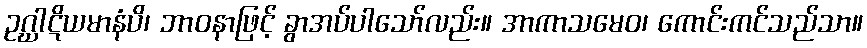
ဥဂ္ဃါဋိယမာနံပိ၊ ဘာဝနာဖြင့် ခွာအပ်ပါသော်လည်း။ အာကာသမေဝ၊ ကောင်းကင်သည်သာ။